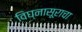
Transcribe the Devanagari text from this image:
विघ्नासूराचा